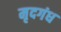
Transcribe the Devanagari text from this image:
मृदगंध